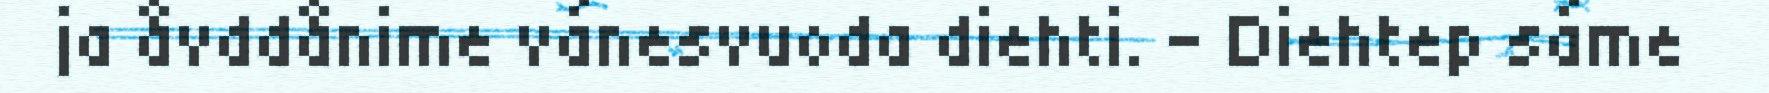
ja åvddånime vánesvuoda diehti. – Diehtep sáme